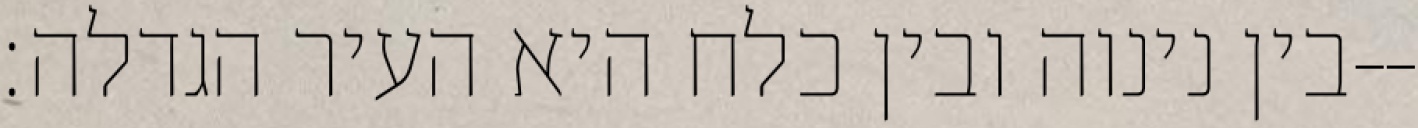
בין נינוה ובין כלח היא העיר הגדלה׃--